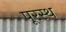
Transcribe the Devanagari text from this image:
पूरस्थ